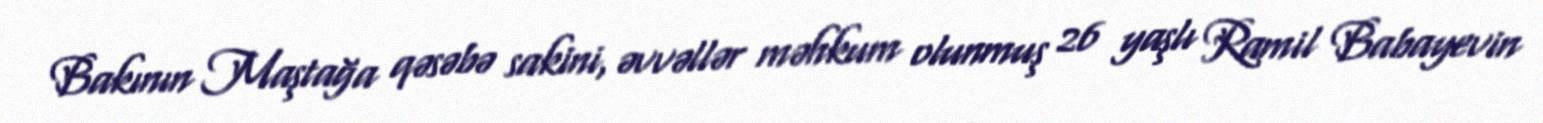
Bakının Maştağa qəsəbə sakini, əvvəllər məhkum olunmuş 26 yaşlı Ramil Babayevin